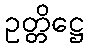
ဥတ္တိဋ္ဌေ